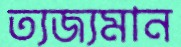
ত্যজ্যমান